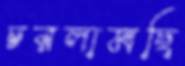
চরলামছি